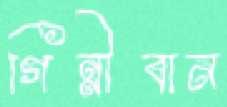
গিন্নীবান